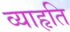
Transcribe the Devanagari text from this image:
व्याहृति